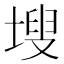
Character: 𭎾